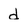
Character: d